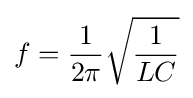
f={1 \over 2\pi }{\sqrt {1 \over LC}}